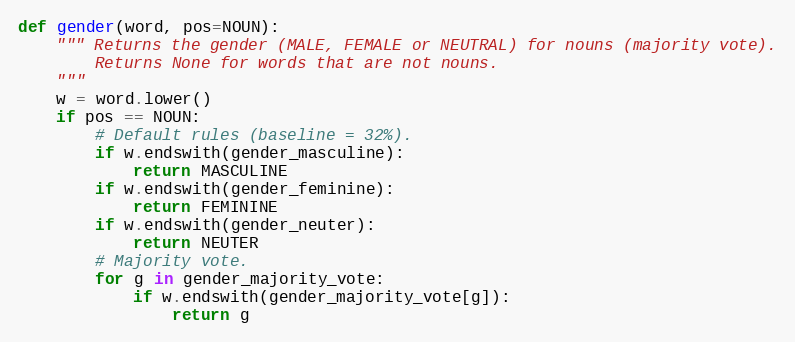
Language: Python
def gender(word, pos=NOUN):
    """ Returns the gender (MALE, FEMALE or NEUTRAL) for nouns (majority vote).
        Returns None for words that are not nouns.
    """
    w = word.lower()
    if pos == NOUN:
        # Default rules (baseline = 32%).
        if w.endswith(gender_masculine):
            return MASCULINE
        if w.endswith(gender_feminine):
            return FEMININE
        if w.endswith(gender_neuter):
            return NEUTER
        # Majority vote.
        for g in gender_majority_vote:
            if w.endswith(gender_majority_vote[g]):
                return g